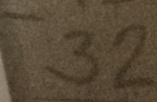
3 2